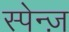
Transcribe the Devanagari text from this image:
स्पेन्ज़